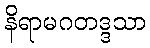
နိရာမဂတဒ္ဒသာ